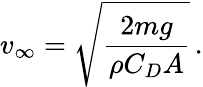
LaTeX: v_{\infty}={\sqrt{\frac{2mg}{\rho C_{D}A}}}\, .